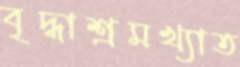
বৃদ্ধাশ্রমখ্যাত